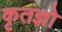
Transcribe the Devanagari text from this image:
कृतज्ञो